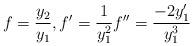
LaTeX: \begin{align*} f=\frac{y_2}{y_1}, f'= \frac{1}{y_1^2} f'' = \frac{-2y_1'}{y_1^3} \end{align*}